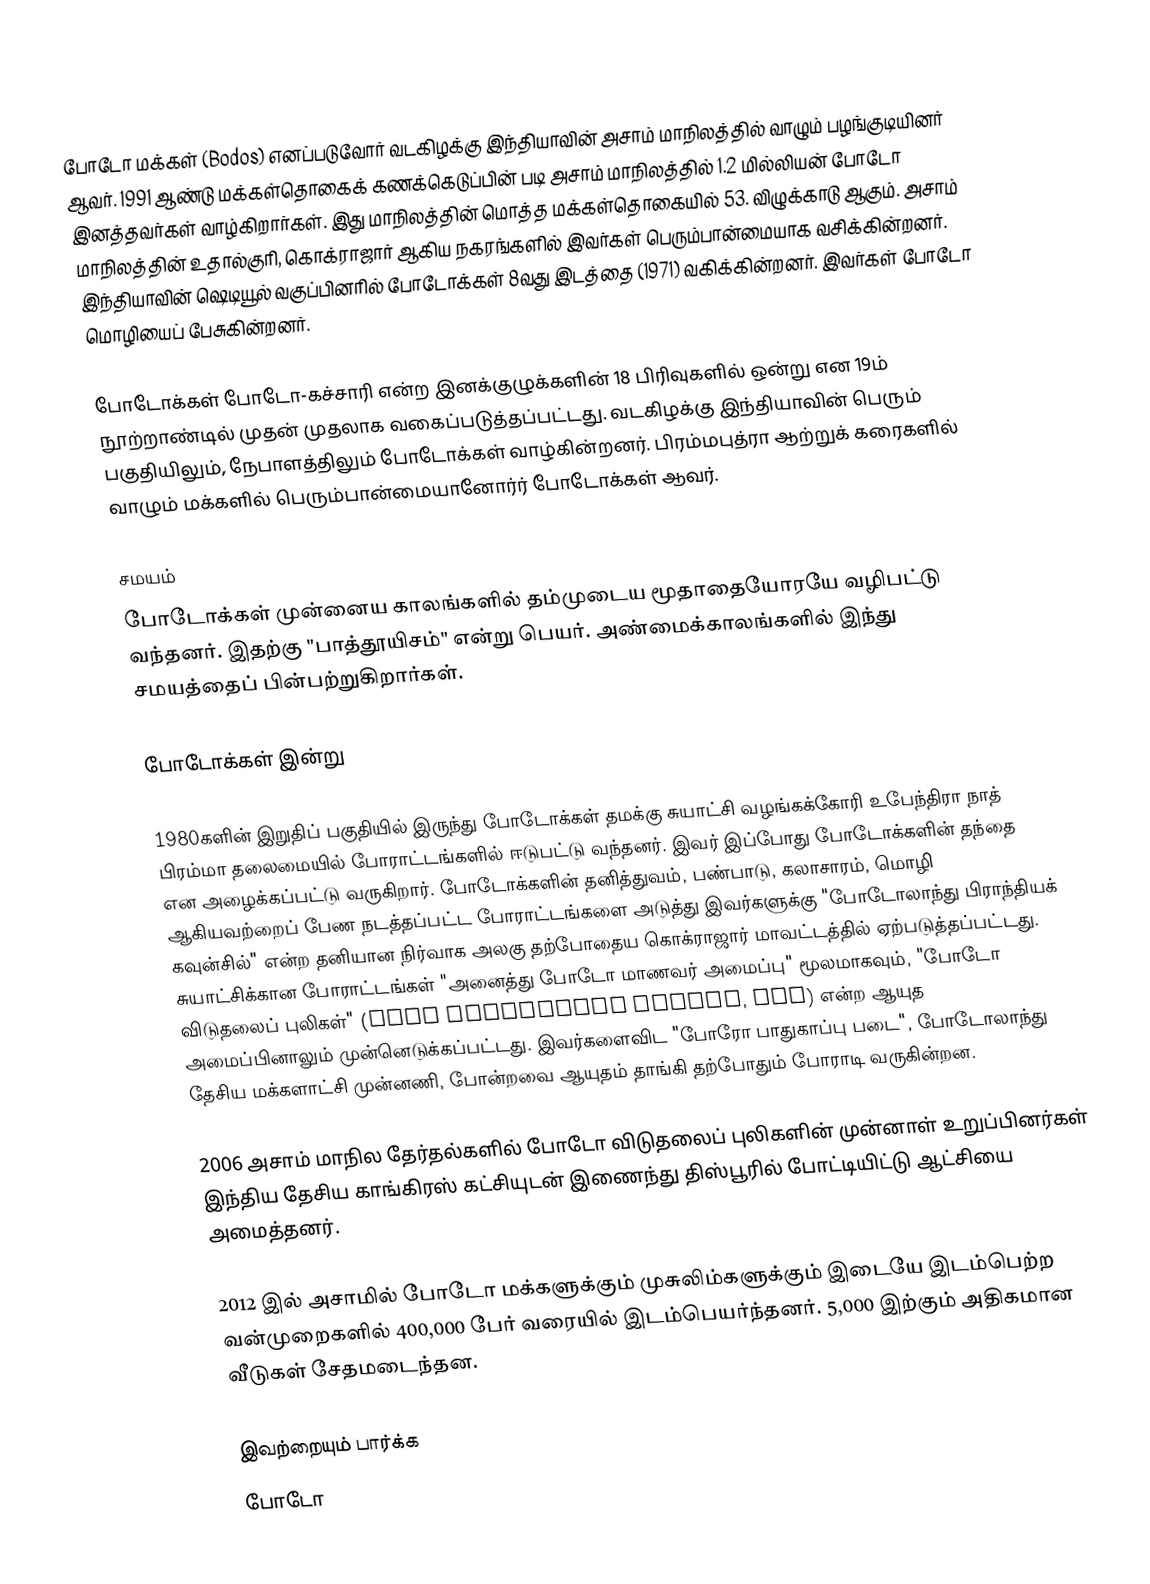
போடோ மக்கள் (Bodos) எனப்படுவோர் வடகிழக்கு இந்தியாவின் அசாம் மாநிலத்தில் வாழும் பழங்குடியினர் ஆவர். 1991 ஆண்டு மக்கள்தொகைக் கணக்கெடுப்பின் படி அசாம் மாநிலத்தில் 1.2 மில்லியன் போடோ இனத்தவர்கள் வாழ்கிறார்கள். இது மாநிலத்தின் மொத்த மக்கள்தொகையில் 53. விழுக்காடு ஆகும். அசாம் மாநிலத்தின் உதால்குரி, கொக்ராஜார் ஆகிய நகரங்களில் இவர்கள் பெரும்பான்மையாக வசிக்கின்றனர். இந்தியாவின் ஷெடியூல் வகுப்பினரில் போடோக்கள் 8வது இடத்தை (1971) வகிக்கின்றனர். இவர்கள் போடோ மொழியைப் பேசுகின்றனர்.

போடோக்கள் போடோ-கச்சாரி என்ற இனக்குழுக்களின் 18 பிரிவுகளில் ஒன்று என 19ம் நூற்றாண்டில் முதன் முதலாக வகைப்படுத்தப்பட்டது. வடகிழக்கு இந்தியாவின் பெரும் பகுதியிலும், நேபாளத்திலும் போடோக்கள் வாழ்கின்றனர். பிரம்மபுத்ரா ஆற்றுக் கரைகளில் வாழும் மக்களில் பெரும்பான்மையானோர்ர் போடோக்கள் ஆவர்.

சமயம்
போடோக்கள் முன்னைய காலங்களில் தம்முடைய மூதாதையோரயே வழிபட்டு வந்தனர். இதற்கு "பாத்தூயிசம்" என்று பெயர். அண்மைக்காலங்களில் இந்து சமயத்தைப் பின்பற்றுகிறார்கள்.

போடோக்கள் இன்று

1980களின் இறுதிப் பகுதியில் இருந்து போடோக்கள் தமக்கு சுயாட்சி வழங்கக்கோரி உபேந்திரா நாத் பிரம்மா தலைமையில் போராட்டங்களில் ஈடுபட்டு வந்தனர். இவர் இப்போது போடோக்களின் தந்தை என அழைக்கப்பட்டு வருகிறார். போடோக்களின் தனித்துவம், பண்பாடு, கலாசாரம், மொழி ஆகியவற்றைப் பேண நடத்தப்பட்ட போராட்டங்களை அடுத்து இவர்களுக்கு "போடோலாந்து பிராந்தியக் கவுன்சில்" என்ற தனியான நிர்வாக அலகு தற்போதைய கொக்ராஜார் மாவட்டத்தில் ஏற்படுத்தப்பட்டது. சுயாட்சிக்கான போராட்டங்கள் "அனைத்து போடோ மாணவர் அமைப்பு" மூலமாகவும், "போடோ விடுதலைப் புலிகள்" (Bodo Liberation Tigers, BLT) என்ற ஆயுத அமைப்பினாலும் முன்னெடுக்கப்பட்டது. இவர்களைவிட "போரோ பாதுகாப்பு படை", போடோலாந்து தேசிய மக்களாட்சி முன்னணி, போன்றவை ஆயுதம் தாங்கி தற்போதும் போராடி வருகின்றன.

2006 அசாம் மாநில தேர்தல்களில் போடோ விடுதலைப் புலிகளின் முன்னாள் உறுப்பினர்கள் இந்திய தேசிய காங்கிரஸ் கட்சியுடன் இணைந்து திஸ்பூரில் போட்டியிட்டு ஆட்சியை அமைத்தனர்.

2012 இல் அசாமில் போடோ மக்களுக்கும் முசுலிம்களுக்கும் இடையே இடம்பெற்ற வன்முறைகளில் 400,000 பேர் வரையில் இடம்பெயர்ந்தனர். 5,000 இற்கும் அதிகமான வீடுகள் சேதமடைந்தன.

இவற்றையும் பார்க்க
போடோ